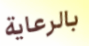
بالرعاية